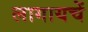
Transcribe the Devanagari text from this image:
लागायचें